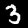
Digit: 3